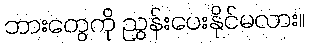
ဘားတွေကို ညွှန်းပေးနိုင်မလား။